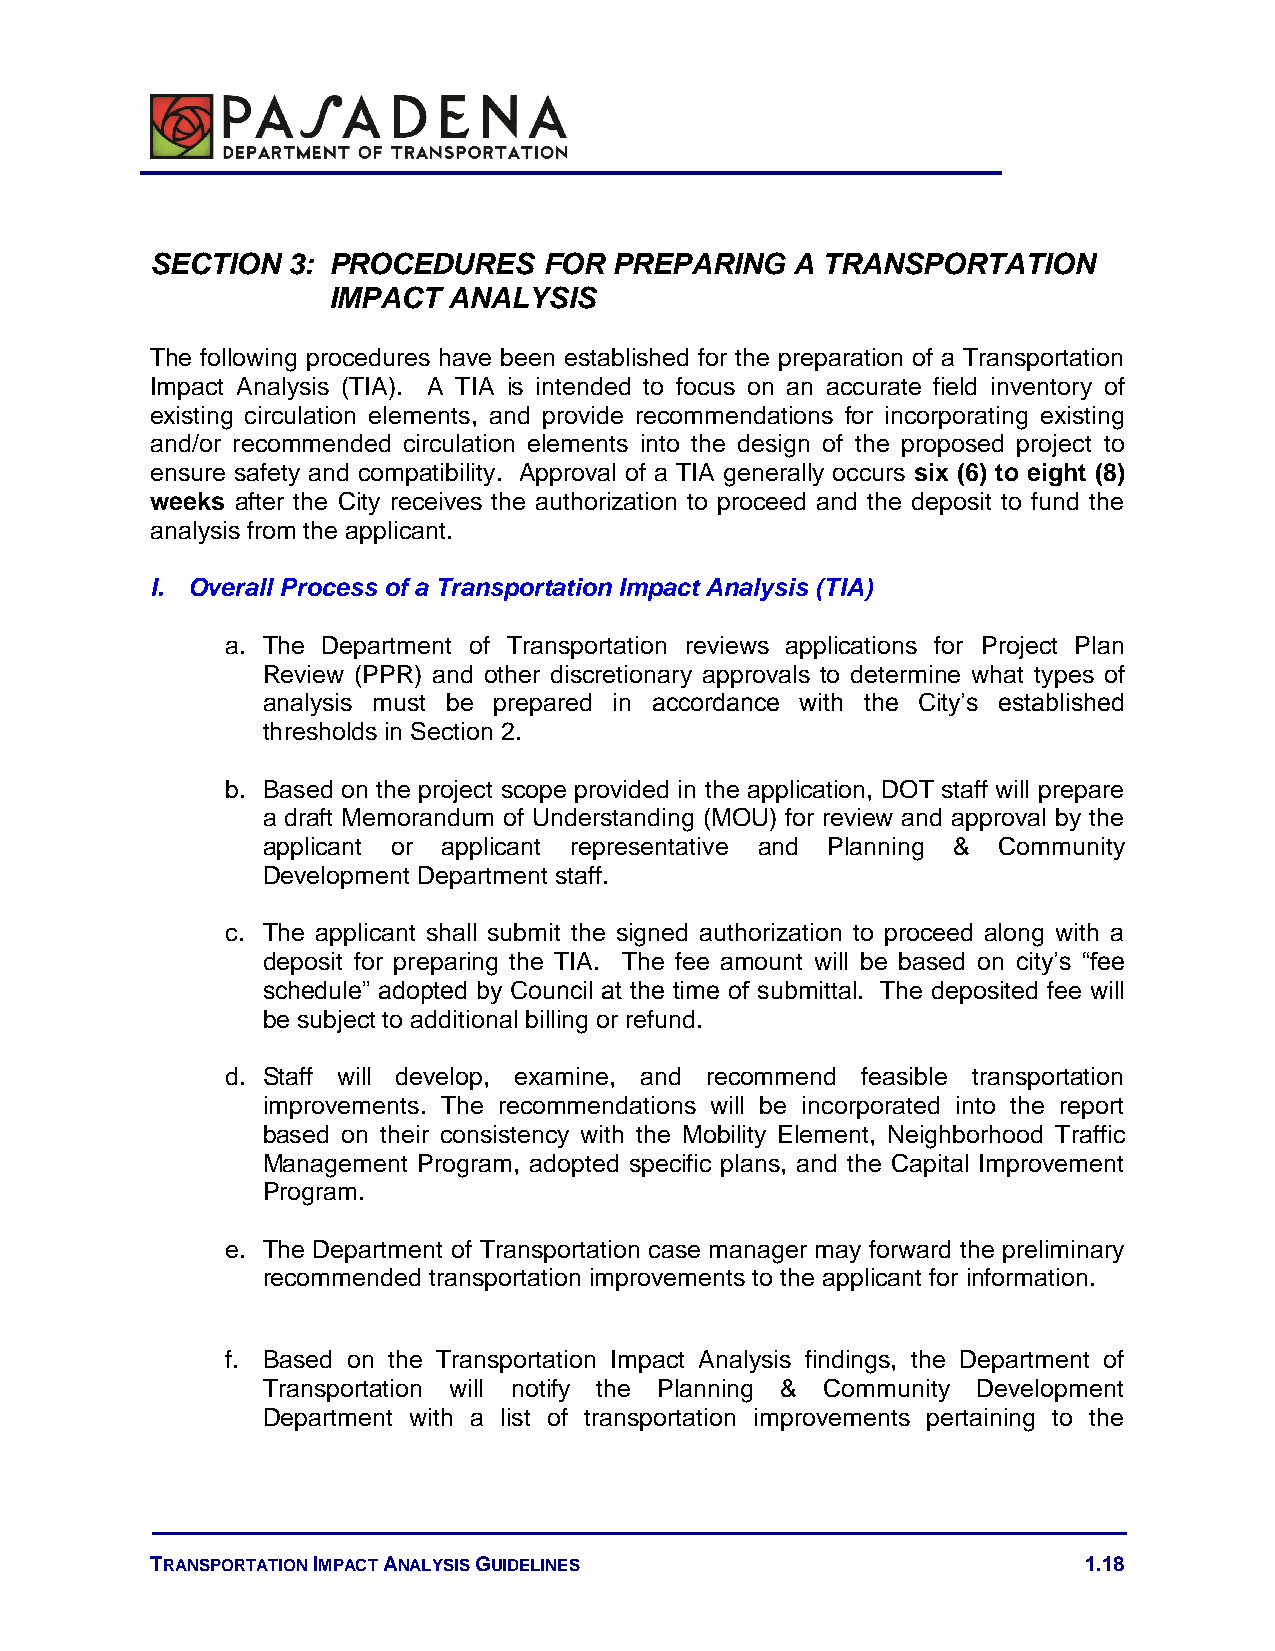
SECTION  3: PROCEDURES    FOR  PREPARING   A TRANSPORTATION
 IMPACT  ANALYSIS
 The following procedures have been established for the preparation of a Transportation
 Impact Analysis (TIA). A TIA is intended to focus on an accurate field inventory of
 existing circulation elements, and provide recommendations for incorporating existing
 and/or recommended circulation elements into the design of the proposed project to
 ensure safety and compatibility. Approval of a TIA generally occurs six (6) to eight (8)
 weeks after the City receives the authorization to proceed and the deposit to fund the
 analysis from the applicant.
 I. Overall Process of a Transportation Impact Analysis (TIA)
 a. The Department of Transportation reviews applications for Project Plan
 Review (PPR) and other discretionary approvals to determine what types of
 analysis must be prepared in accordance with the City’s established
 thresholds in Section 2.
 b. Based on the project scope provided in the application, DOT staff will prepare
 a draft Memorandum of Understanding (MOU) for review and approval by the
 applicant or applicant representative and Planning & Community
 Development Department staff.
 c. The applicant shall submit the signed authorization to proceed along with a
 deposit for preparing the TIA. The fee amount will be based on city’s “fee
 schedule” adopted by Council at the time of submittal. The deposited fee will
 be subject to additional billing or refund.
 d. Staff will develop, examine, and recommend feasible transportation
 improvements. The recommendations will be incorporated into the report
 based on their consistency with the Mobility Element, Neighborhood Traffic
 Management Program, adopted specific plans, and the Capital Improvement
 Program.
 e. The Department of Transportation case manager may forward the preliminary
 recommended transportation improvements to the applicant for information.
 f. Based on the Transportation Impact Analysis findings, the Department of
 Transportation will notify the Planning & Community Development
 Department with a list of transportation improvements pertaining to the
 TRANSPORTATION IMPACT ANALYSIS GUIDELINES                     1.18